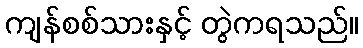
ကျန်စစ်သားနှင့် တွဲကရသည်။